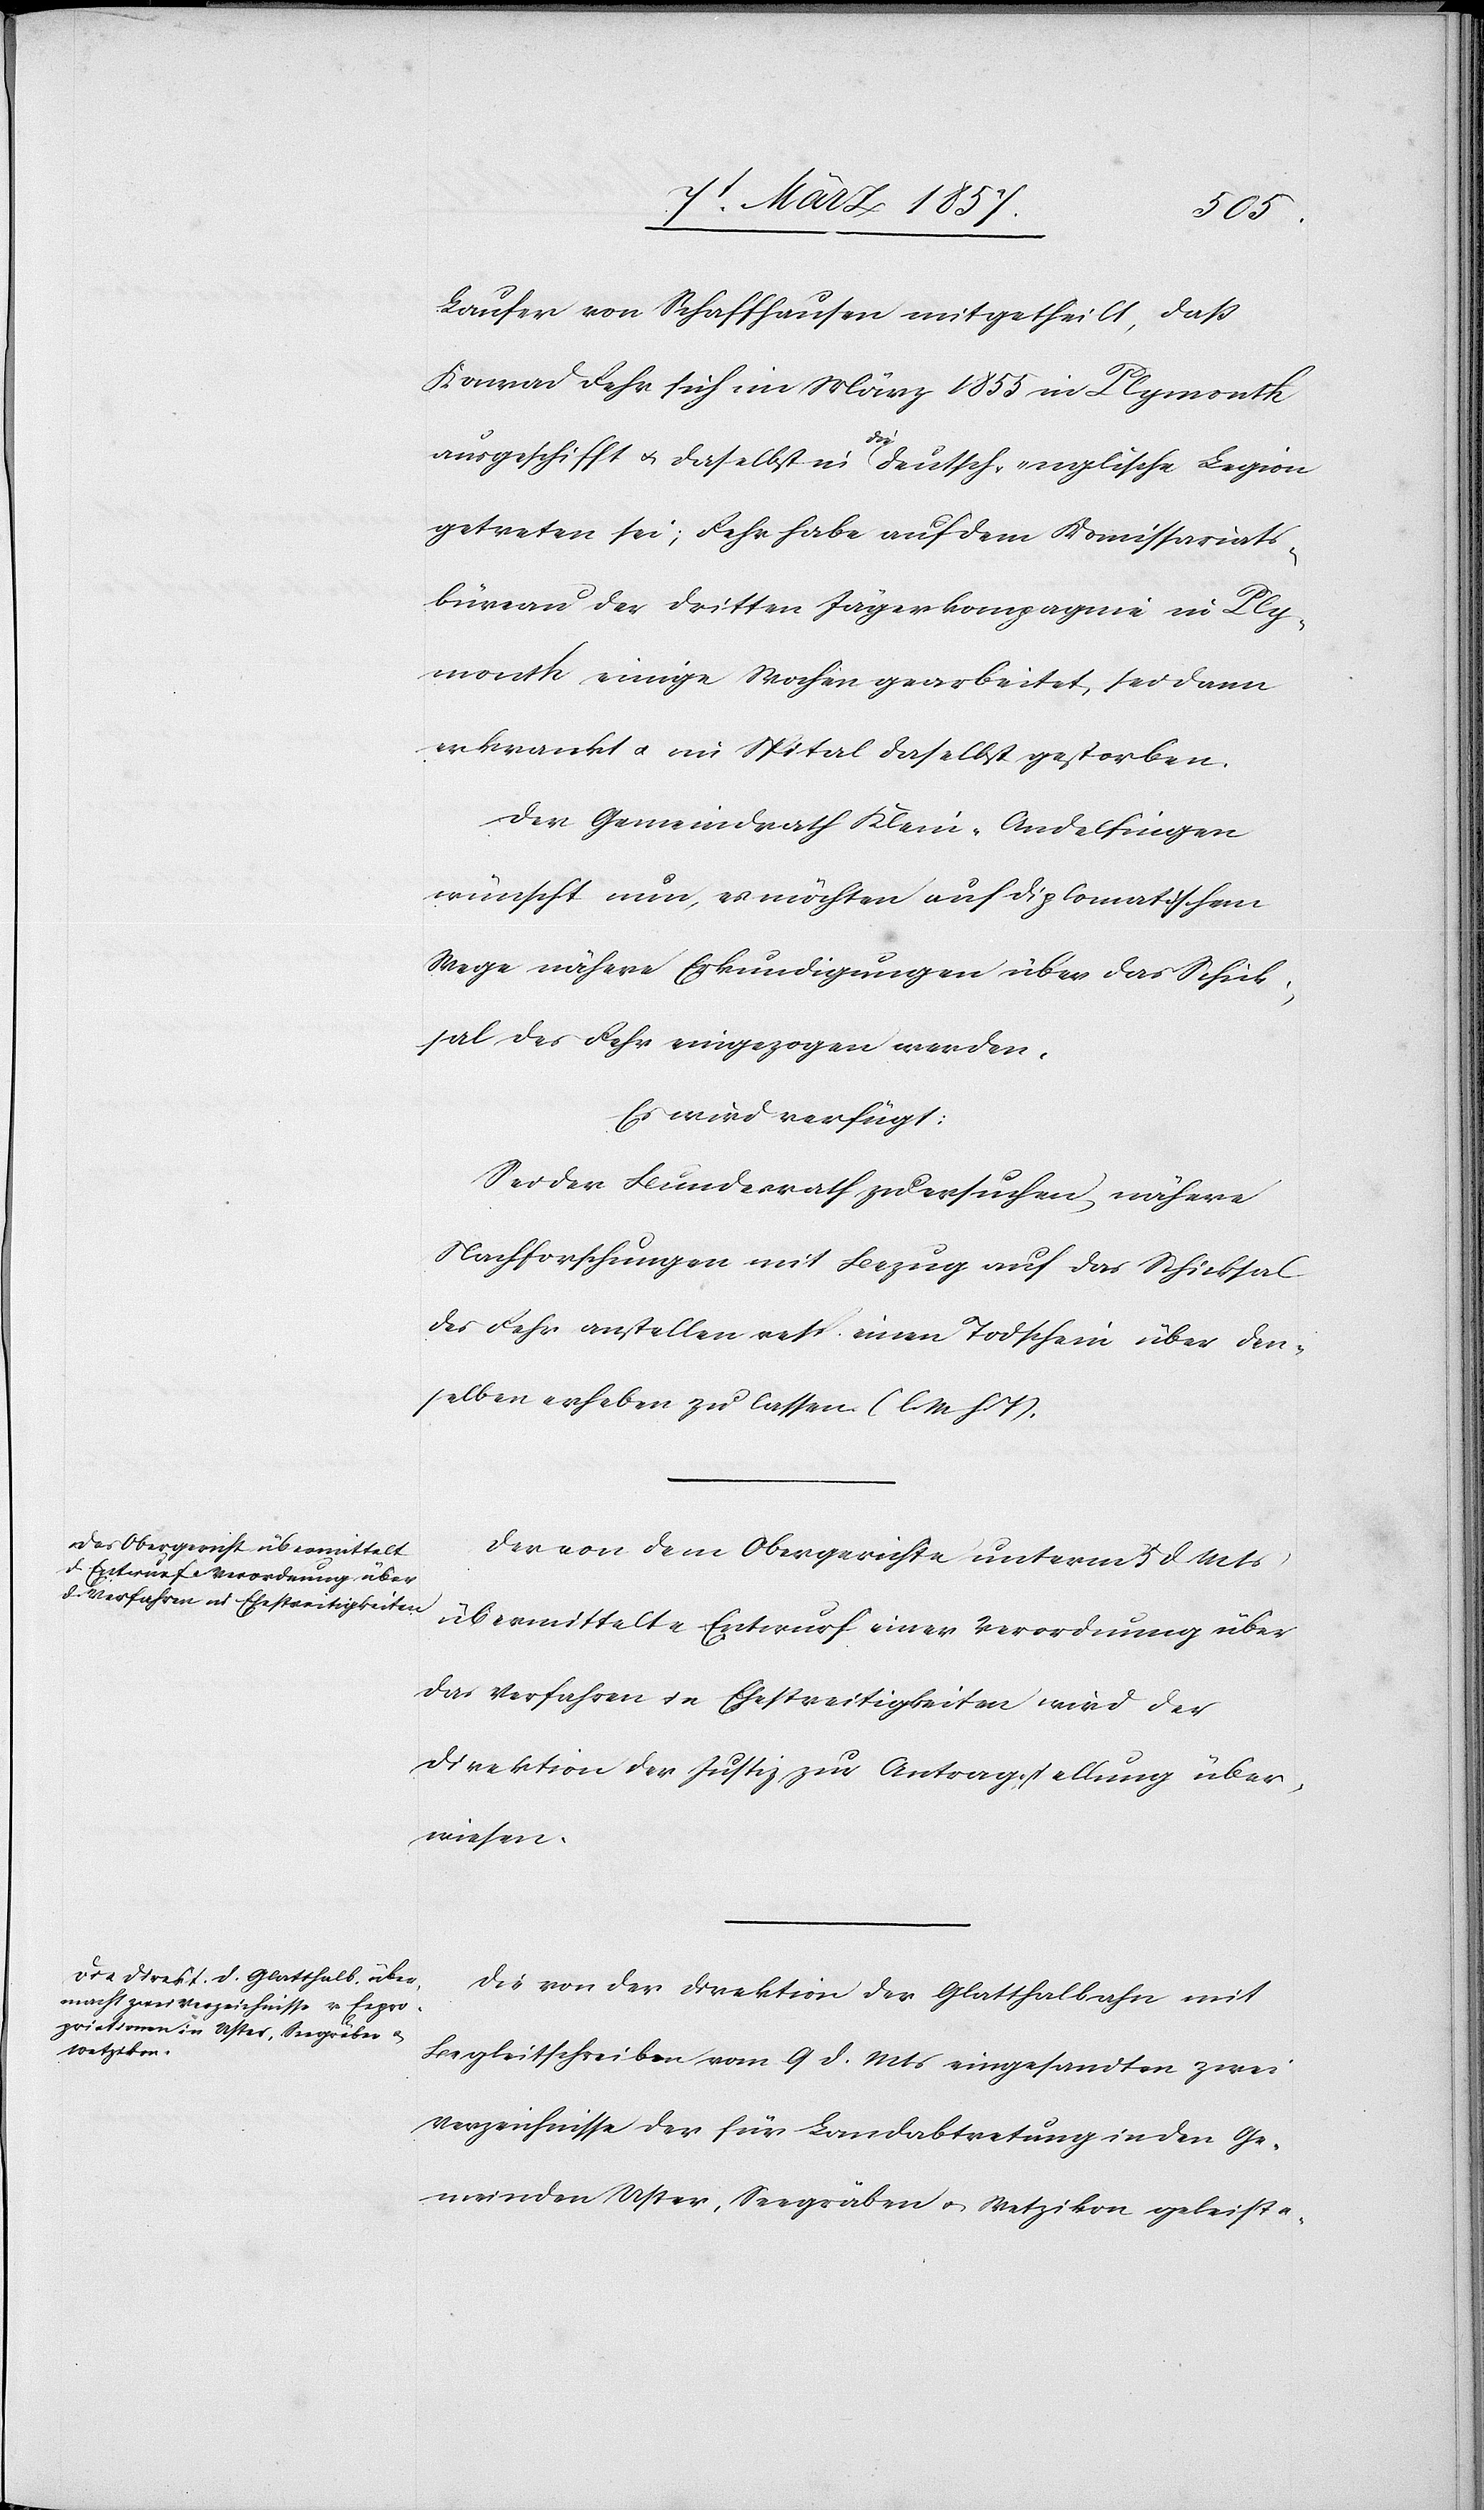
das Verfahren in Ehestreitigkeiten

11 März 1857.]
Laufer von Schaffhausen mitgetheilt, daß
Konrad Fehr sich im März 1855 in Plymouth
ausgeschifft u. daselbst in die deutsch-englische Legion
getreten sei; Fehr habe auf dem Komissariats¬
büreau der dritten Jägerkompagnie in Ply¬
mouth einige Wochen gearbeitet, sei dann
erkrankt u. im Spital daselbst gestorben.
Der Gemeindrath Klein-Andelfingen
wünscht nun, es möchten auf diplomatischem
Wege nähere Erkundigungen über das Schick¬
sal des Fehr eingezogen werden.
Es wird verfügt:
Sei der Bundesrath zu ersuchen nähere
Nachforschungen mit Bezug auf das Schicksal
des Fehr anstellen resp. einen Todschein über den¬
selben erheben zu lassen. (l. M. h. T).
Der von dem Obergerichte unterm 5 d Mts
übermittelte Entwurf einer Verordnung über
das Verfahren in Ehestreitigkeiten wird der
Direktion der Justiz zur Antragstellung über¬
wiesen.
Die von der Direktion der Glatthalbahn mit
Begleitschreiben vom 9 d. Mts eingesandten zwei
Verzeichnisse der für Landabtretung in den Ge¬
meinden Uster, Seegräben u. Wetzikon geleiste-